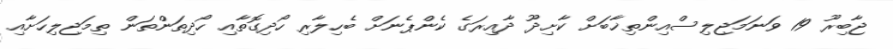
ޖާބިރޫ 19 ވަނަމަޖިލިސްއިންތިޚާބަށް ކާށިދޫ ދާއިރަގެ ކެންޕެނަށް ބެހިލާރި ހޯދިގޮތާއި ހޯދިތަންތަން ތިމަޖިލިހަށާއި